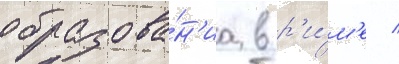
образова́н'иа в р'и́м'е /